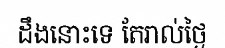
ដឹងនោះទេ តែរាល់ថ្ងៃ